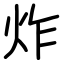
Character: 炸